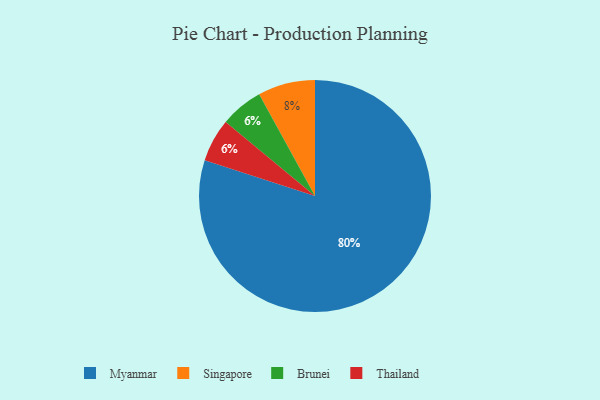
{"axis": {"x": "Category", "y": "Percentage"}, "legend": ["Brunei", "Myanmar", "Singapore", "Thailand"], "data": [{"x": "Myanmar", "y": 80, "type": "Myanmar"}, {"x": "Singapore", "y": 8, "type": "Singapore"}, {"x": "Brunei", "y": 6, "type": "Brunei"}, {"x": "Thailand", "y": 6, "type": "Thailand"}]}